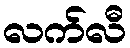
လက်လီ